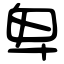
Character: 卑